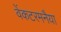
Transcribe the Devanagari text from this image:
वेंकटरमनैया